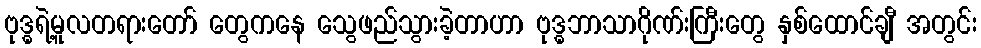
ဗုဒ္ဓရဲ့မူလတရားတော် တွေကနေ သွေဖည်သွားခဲ့တာဟာ ဗုဒ္ဓဘာသာဂိုဏ်းကြီးတွေ နှစ်ထောင်ချီ အတွင်း